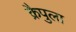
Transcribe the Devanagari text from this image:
क्रैपुला